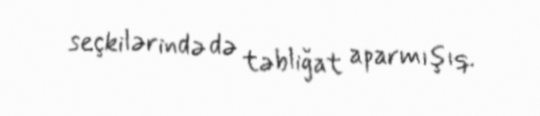
seçkilərində də təbliğat aparmışıq.